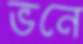
ভনে